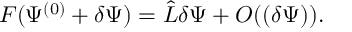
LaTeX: { \cal F } ( \Psi ^ { ( 0 ) } + \delta \Psi ) = \hat { L } \delta \Psi + { \cal O } ( ( \delta \Psi ) ) .